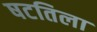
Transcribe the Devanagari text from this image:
षटतिला